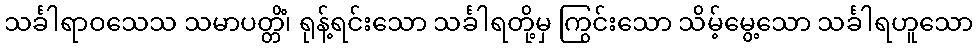
သင်္ခါရာဝသေသ သမာပတ္တိံ၊ ရုန့်ရင်းသော သင်္ခါရတို့မှ ကြွင်းသော သိမ့်မွေ့သော သင်္ခါရဟူသော